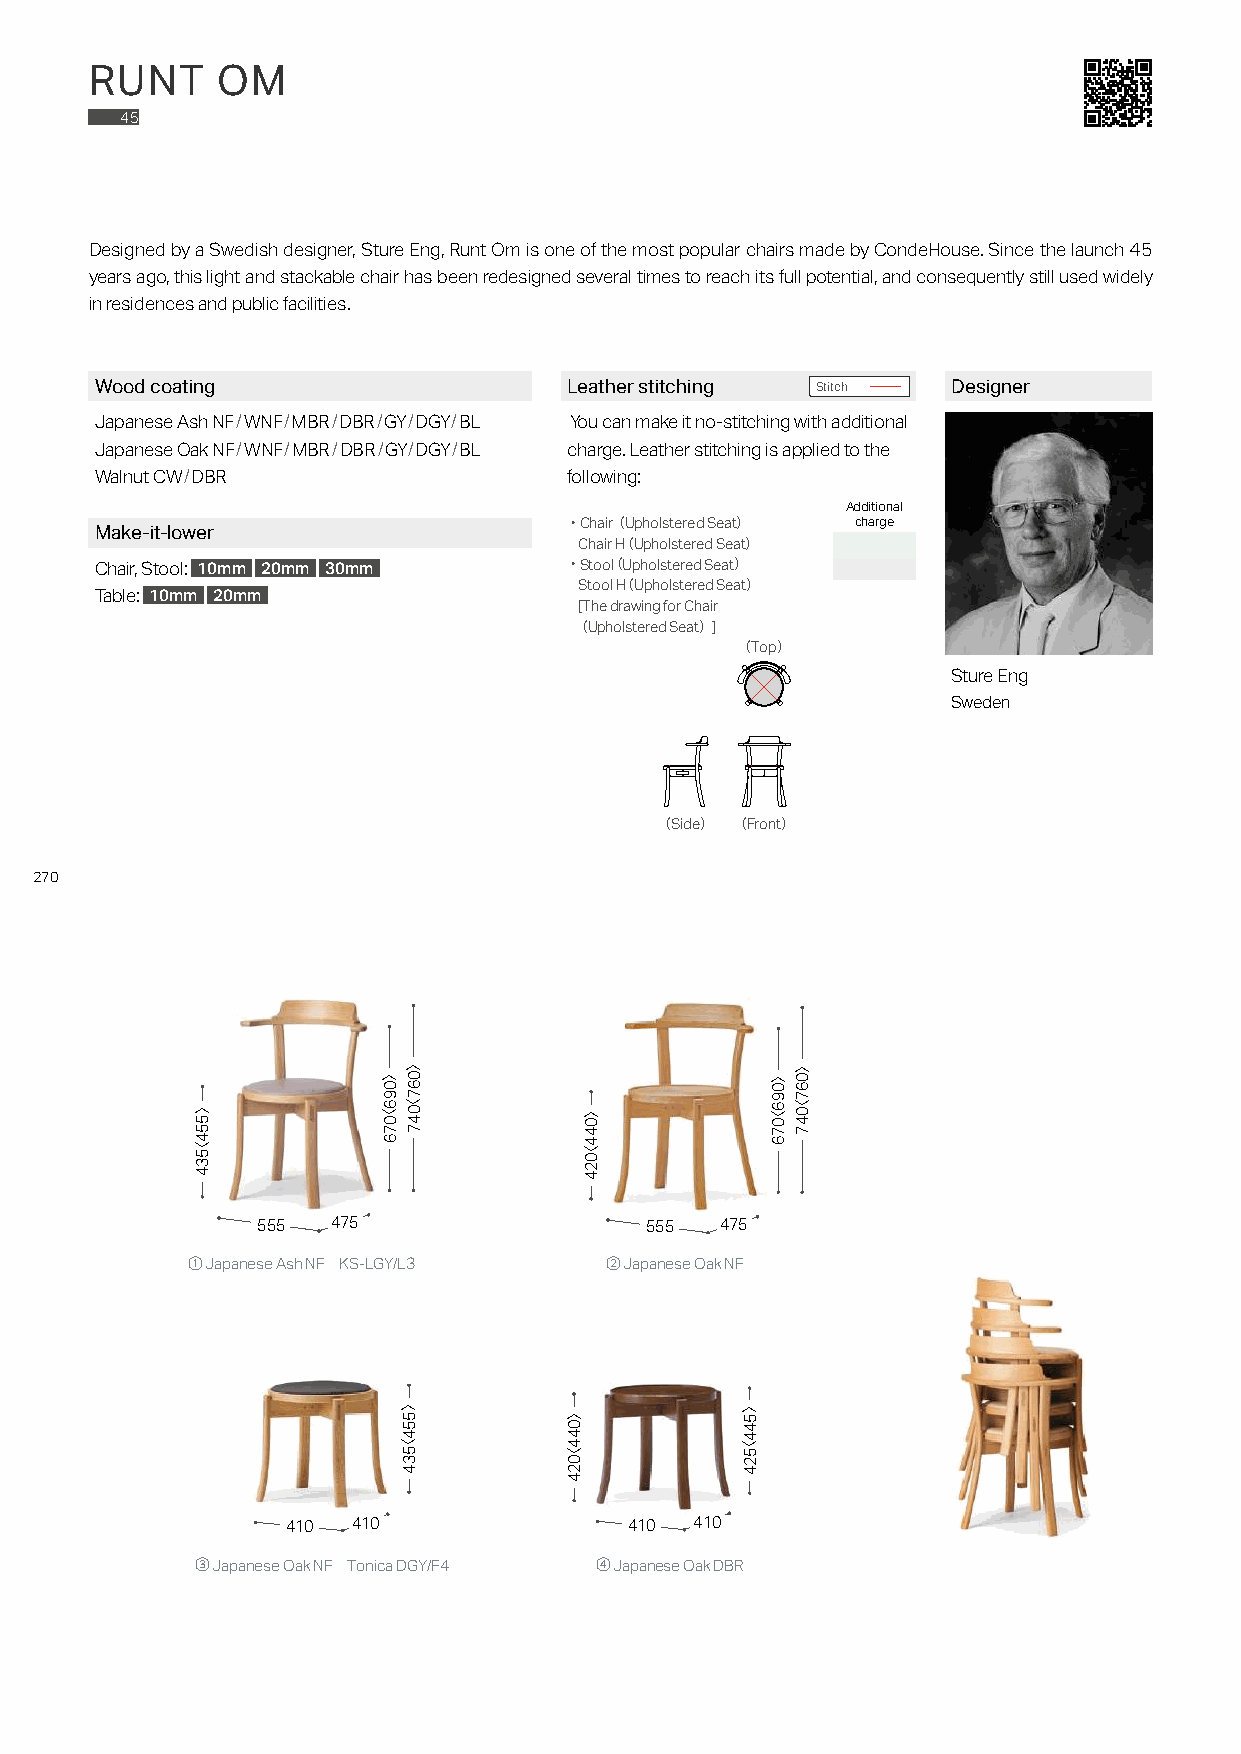
RUNT    OM
 45
 Designed by a Swedish designer, Sture Eng, Runt Om is one of the most popular chairs made by CondeHouse. Since the launch 45
 years ago, this light and stackable chair has been redesigned several times to reach its full potential, and consequently still used widely
 in residences and public facilities.
 Wood coating                    Leather stitching Stitch Designer
 Japanese Ash NF/WNF/MBR/DBR/GY/DGY/BL You can make it no-stitching with additional
 Japanese Oak NF/WNF/MBR/DBR/GY/DGY/BL charge. Leather stitching is applied to the
 Walnut CW/DBR                   following:
 Additional
 ・Chair（ Upholstered Seat） charge
 Make-it-lower
 Chair H（Upholstered Seat）
 Chair, Stool: 10mm 20mm 30mm   ・Stoo（l Upholstered Seat）
 Stool H（Upholstered Seat）
 Table: 10mm 20mm
 [The drawing for Chair
 （ Upholstered Seat） ]
 （Top）
 Sture Eng
 Sweden
 （Side） （Front）
 270
 555  475                  555  475
 ① Japanese Ash NF KS-LGY/L3 ② Japanese Oak NF
 410 410                410 410
 ③ Japanese Oak NF Tonica DGY/F4 ④ Japanese Oak DBR
 〉554〈534
 〉096〈076
 〉067〈047
 〉554〈534
 〉044〈024
 〉044〈024
 〉544〈524
 〉096〈076
 〉067〈047